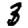
Digit: 3